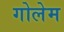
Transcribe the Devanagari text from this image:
गोलेम